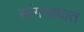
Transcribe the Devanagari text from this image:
सांगाड्यात